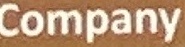
Company